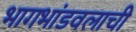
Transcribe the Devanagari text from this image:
भागभांडवलाची